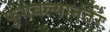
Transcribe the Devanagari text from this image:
फुगवल्यानंतर